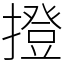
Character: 撜